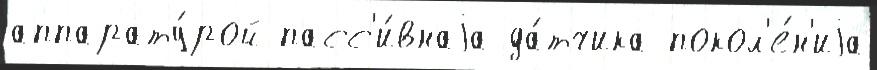
аппарату́рой пасс'и́внаjа да́тчика покол'е́н'иjа